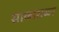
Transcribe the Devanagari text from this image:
साकाराव्या